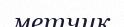
метчик